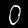
Digit: 0